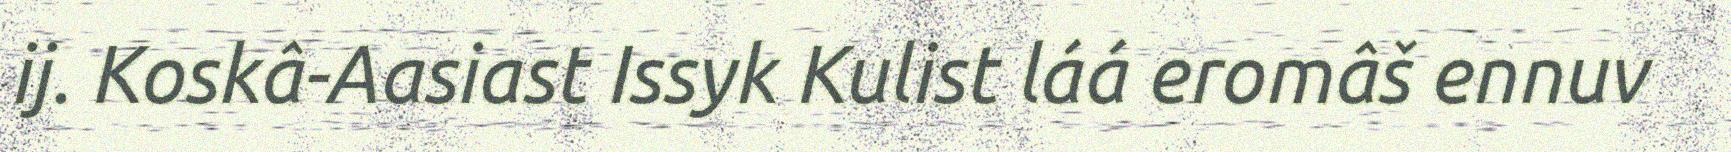
ij. Koskâ-Aasiast Issyk Kulist láá eromâš ennuv